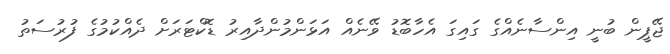
ޖޭޕީން ބުނީ އިންސާނެއްގެ ގައިގަ އެހާބޮޑު ވޭނެއް އަޅަންމުންދާއިރު ޑޮކްޓަރަށް ދެއްކުމުގެ ފުރުސަތު